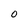
Character: 0